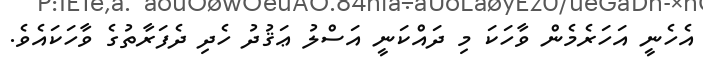
އެހެނީ އަހަރެމެން ވާހަކަ މި ދައްކަނީ އަސްލު ޢަޤުދު ހެދި ދެފަރާތުގެ ވާހަކައެވެ.